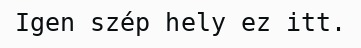
Igen szép hely ez itt.